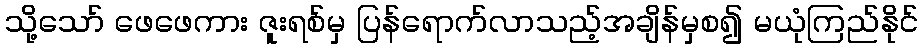
သို့သော် ဖေဖေကား ဇူးရစ်မှ ပြန်ရောက်လာသည့်အချိန်မှစ၍ မယုံကြည်နိုင်